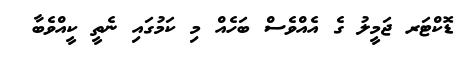
ޑޮކްޓަރ ޖަމީލު ގެ އެއްވެސް ބަހެއް މި ކަމުގައި ނެތީ ކީއްވެބާ